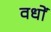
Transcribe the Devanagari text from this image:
वधों